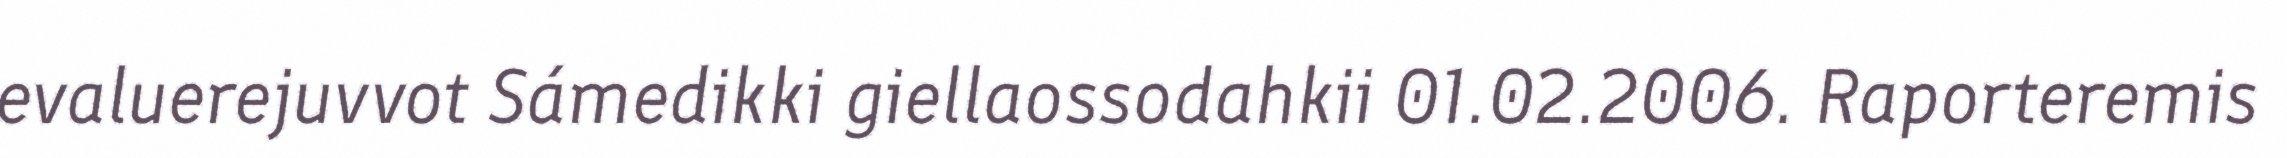
evaluerejuvvot Sámedikki giellaossodahkii 01.02.2006. Raporteremis